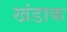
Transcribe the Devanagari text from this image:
खंडाक